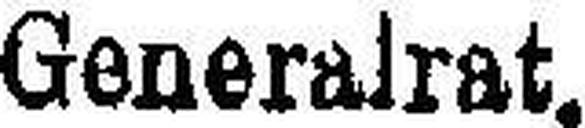
Generalrat.